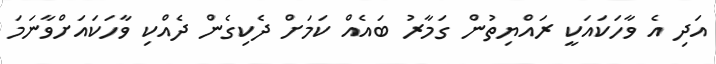
އަދި އެ ވާހަކައަކީ ރައްޔިތުން ގަމާރު ބައެއް ކަމަށް ދެކިގެން ދެއްކި ވާހަކައަށްވާނަމަ